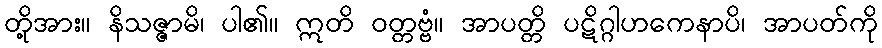
တို့အား။ နိသဇ္ဇာမိ၊ ပါ၏။ ဣတိ ဝတ္တဗ္ဗံ။ အာပတ္တိ ပဋိဂ္ဂါဟကေနာပိ၊ အာပတ်ကို